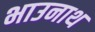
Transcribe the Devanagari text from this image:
भाउनाथ